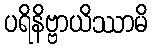
ပရိနိဗ္ဗာယိဿာမိ